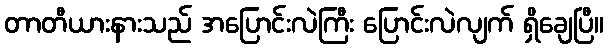
တာတီယားနားသည် အပြောင်းလဲကြီး ပြောင်းလဲလျက် ရှိချေပြီ။